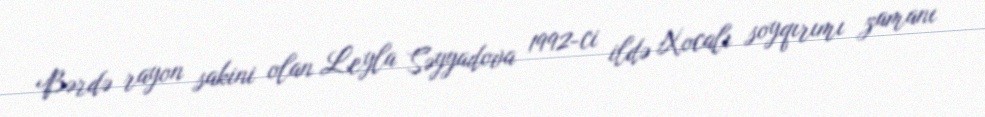
Bərdə rayon sakini olan Leyla Səyyadova 1992-ci ildə Xocalı soyqırımı zamanı